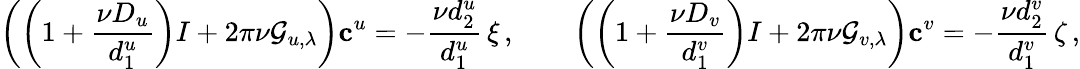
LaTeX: \left(\left(1+\frac{\nu D_{u}}{d_{1}^{u}}\right)I+2\pi\nu\mathcal{G}_{u,\lambda}\right){\mathbf c}^{u}=-\frac{\nu d_{2}^{u}}{d_{1}^{u}}\, {\mathbf\xi}\, ,\qquad\left(\left(1+\frac{\nu D_{v}}{d_{1}^{v}}\right)I+2\pi\nu\mathcal{G}_{v,\lambda}\right){\mathbf c}^{v}=-\frac{\nu d_{2}^{v}}{d_{1}^{v}}\, {\mathbf\zeta}\, ,